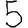
Digit: 5